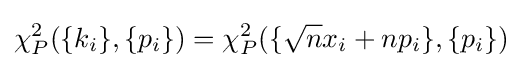
\chi _{P}^{2}(\{k_{i}\},\{p_{i}\})=\chi _{P}^{2}(\{{\sqrt {n}}x_{i}+np_{i}\},\{p_{i}\})